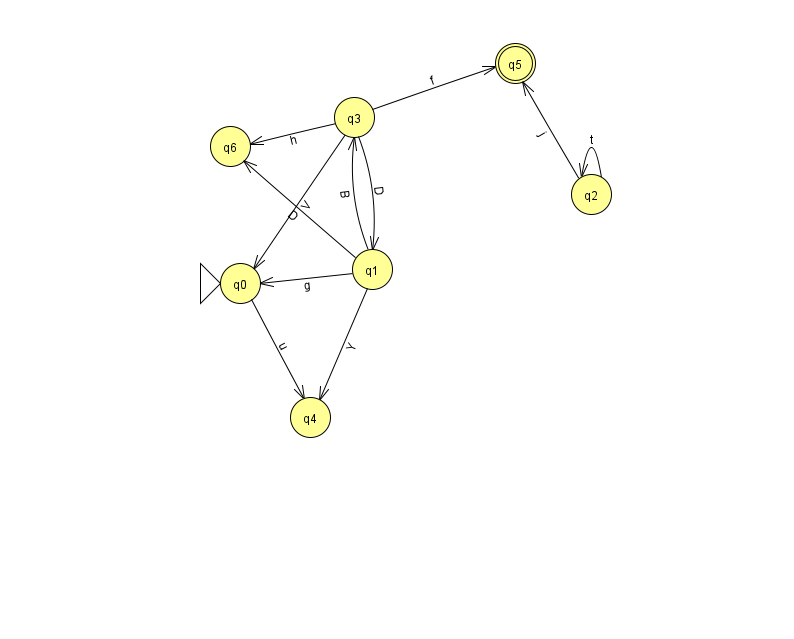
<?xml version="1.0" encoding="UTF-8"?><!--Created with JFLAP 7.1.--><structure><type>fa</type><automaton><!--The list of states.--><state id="0" name="q0"><x>240.0</x><y>270.0</y><initial/></state><state id="1" name="q1"><x>372.0</x><y>256.0</y></state><state id="2" name="q2"><x>591.0</x><y>181.0</y></state><state id="3" name="q3"><x>354.0</x><y>104.0</y></state><state id="4" name="q4"><x>310.0</x><y>404.0</y></state><state id="5" name="q5"><x>515.0</x><y>50.0</y><final/></state><state id="6" name="q6"><x>230.0</x><y>133.0</y></state><!--The list of transitions.--><transition><from>2</from><to>5</to><read>j</read></transition><transition><from>1</from><to>6</to><read>D</read></transition><transition><from>2</from><to>2</to><read>t</read></transition><transition><from>3</from><to>0</to><read>V</read></transition><transition><from>3</from><to>6</to><read>h</read></transition><transition><from>0</from><to>4</to><read>u</read></transition><transition><from>1</from><to>3</to><read>B</read></transition><transition><from>1</from><to>0</to><read>g</read></transition><transition><from>3</from><to>1</to><read>D</read></transition><transition><from>1</from><to>4</to><read>Y</read></transition><transition><from>3</from><to>5</to><read>f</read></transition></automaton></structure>